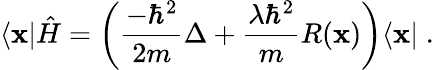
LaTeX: \langle\mathbf{x}|\hat{{H}}=\left(\frac{{-\hbar^{2}}}{{2m}}\Delta+\frac{{\lambda\hbar^{2}}}{{m}}R(\mathbf{x})\right)\langle\mathbf{x}|\; .